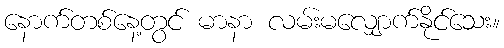
နောက်တစ်နေ့တွင် မာနာ လမ်းမလျှောက်နိုင်သေး။